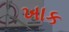
ખાક